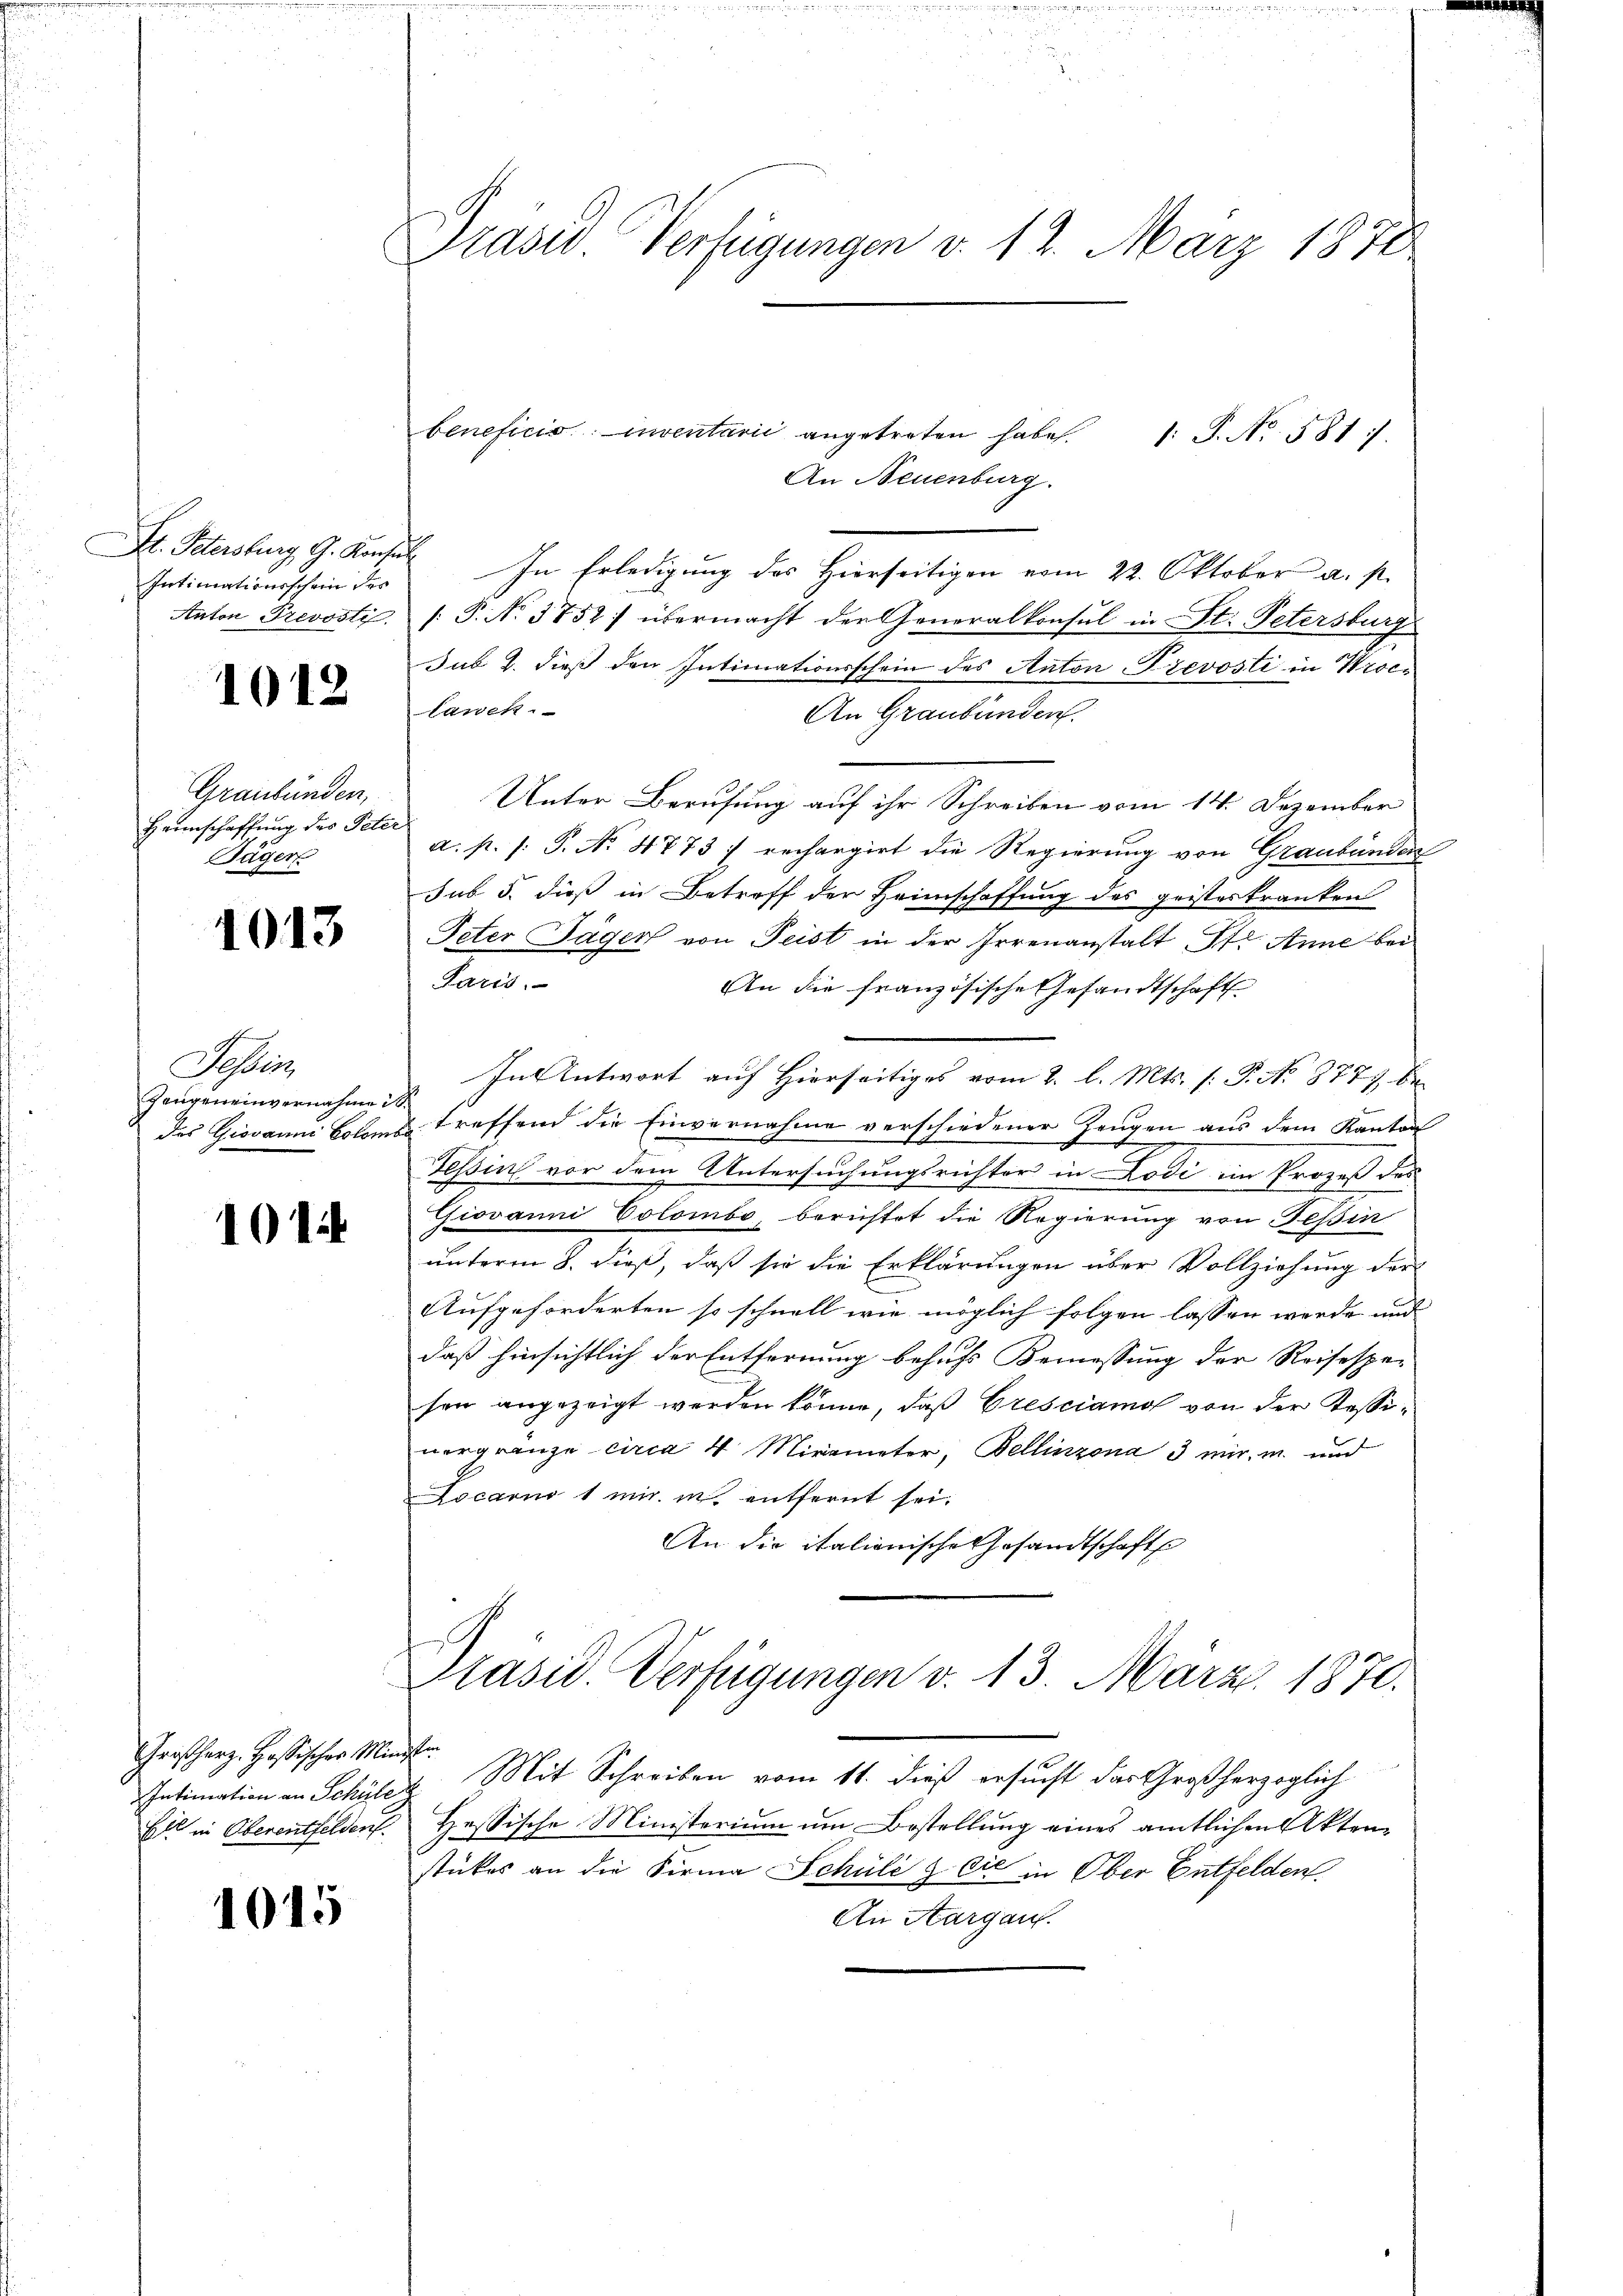
Intimationsschein des
Anton Prevosti

1012

Graubünden,
Heimschaffung des Peter
Jäger

1013

Sehen
gangeneinvernahme ist

101

Großherz. Hössischer Min
Intimation an Schüle
Ell in Oberentfelden.

1015

Präsid. Verfügungen d. 12. März 1870

beneficio inventarii angetreten habe. 1. P. No. 581
An Neuenburg.
St. Petersburg, G. Konsul In Erledigung des Hierseitigen vom 22. Oktober a. p.
[P. No. 3752] übermacht der Generalkonsul in St. Petersburg
Sub 2. dieß den Intimationsschein des Anton-Trevosti in Proce
lawen
An Graubünden.
Unter Berufung auf ihr Schreiben vom 14. Dezember
a. p. s. P. No. 4773) rechargirt die Regierung von Graubünden
sub 5. dieß in Betroff der Heimschaffung des geisteskranken
Peter Jäger von Feist in der Irrenanstalt St. Anne bei
Paris.
An die französische Gesandtschaft
In Antwort auf Hierseitiges vom 2. l. Mts. (: P. No 877 be
des Giovanni Coloms treffend die Einvernahme verschiedener Zeugen aus dem Kanton
Tessin vor dem Untersuchungsrichter in Lodi im Prozeß des
Giovanni Colombe, berichtet die Regierung von Tessin
unterm 8. dieß, daß sie die Erklärungen über Vollziehung der
Aufgeforderten so schnell wie möglich folgen lassen werde und
daß hinsichtlich der Entfernung behufs Bemessung der Reisesper
sen angezeigt werden könne, daß Gresciamos von der Tessinergränze circa 4 Mirimeter, Bellinzona 3 mir in und
Locarno 1 mit in entfernt sei.
An die italionische Gesandtschafts
Präsid. Verfügungen v. 13. März 1870.
ch
2. Mit Schreiben vom 11. dieß ersucht das Großherzoglich
Hessische Ministerium um Bestellung eines amtlichen Aktenstückes an die Firma Schule & Cie in Ober Entfelden.
An Aargau.